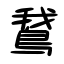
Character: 鵞